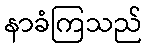
နာခံကြသည်